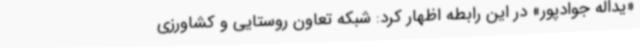
«یداله جوادپور» در این رابطه اظهار کرد: شبکه تعاون روستایی و کشاورزی